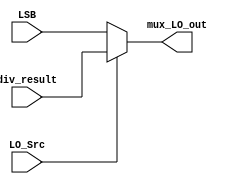
module mux_LO(
    input wire LO_Src,
    input wire [31:0] LSB, div_result, 
    output wire [31:0] mux_LO_out
);
    
    assign mux_LO_out = (LO_Src == 1'b0) ?  LSB:
                        (LO_Src == 1'b1) ?  div_result:
                        1'bX;


endmodule